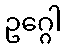
ဥဂ္ဂေါ